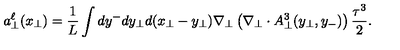
{ a } _ { \bot } ^ { \ell } ( x _ { \bot } ) = \frac { 1 } { L } \int d y ^ { - } d y _ { \bot } d ( x _ { \bot } - y _ { \bot } ) \nabla _ { \bot } \left( \nabla _ { \bot } \cdot A _ { \bot } ^ { 3 } ( { y } _ { \bot } , y _ { - } ) \right) \frac { \tau ^ { 3 } } { 2 } .